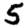
Digit: 5